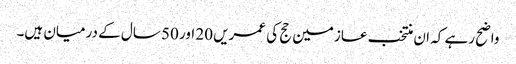
واضح رہے کہ ان منتخب عازمین حج کی عمریں 20 اور 50 سال کے درمیان ہیں۔